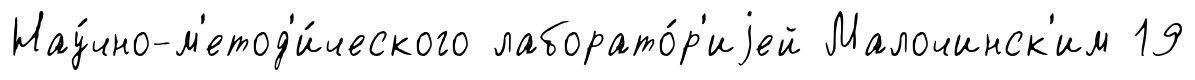
Нау́чно-м'етод'и́ческого лаборато́р'иjей Малочинск'им 19